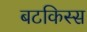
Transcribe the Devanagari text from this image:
बटकिस्स